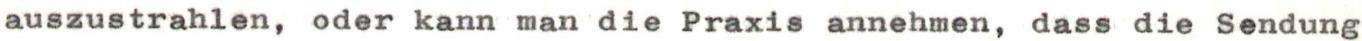
auszustrahlen, oder kann man die Praxis annehmen, dass die Sendung